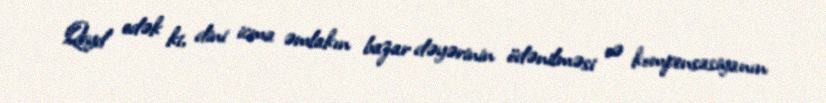
Qeyd edək ki, dini icma əmlakın bazar dəyərinin ödənilməsi və kompensasiyanın